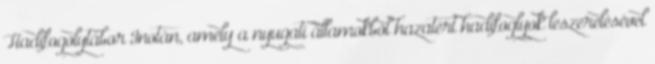
Hadifogolytábor Inotán, amely a nyugati államokból hazatért hadifoglyok leszerelésével